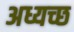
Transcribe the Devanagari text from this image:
अध्यच्छ